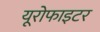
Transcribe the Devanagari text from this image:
यूरोफाइटर